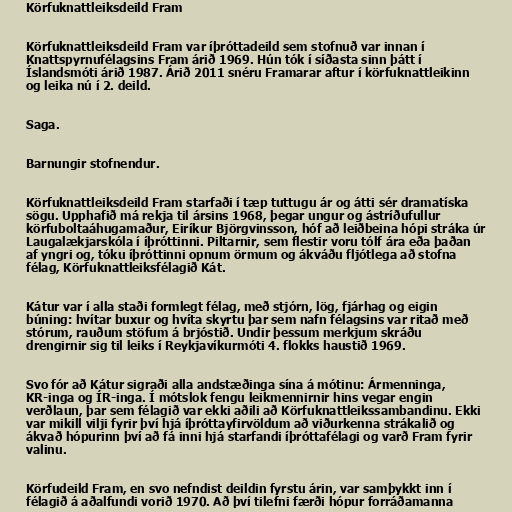
Körfuknattleiksdeild Fram

Körfuknattleiksdeild Fram var íþróttadeild sem stofnuð var innan í
Knattspyrnufélagsins Fram árið 1969. Hún tók í síðasta sinn þátt í
Íslandsmóti árið 1987. Árið 2011 snéru Framarar aftur í körfuknattleikinn
og leika nú í 2. deild.

Saga.

Barnungir stofnendur.

Körfuknattleiksdeild Fram starfaði í tæp tuttugu ár og átti sér dramatíska
sögu. Upphafið má rekja til ársins 1968, þegar ungur og ástríðufullur
körfuboltaáhugamaður, Eiríkur Björgvinsson, hóf að leiðbeina hópi stráka úr
Laugalækjarskóla í íþróttinni. Piltarnir, sem flestir voru tólf ára eða þaðan
af yngri og, tóku íþróttinni opnum örmum og ákváðu fljótlega að stofna
félag, Körfuknattleiksfélagið Kát.

Kátur var í alla staði formlegt félag, með stjórn, lög, fjárhag og eigin
búning: hvítar buxur og hvíta skyrtu þar sem nafn félagsins var ritað með
stórum, rauðum stöfum á brjóstið. Undir þessum merkjum skráðu
drengirnir sig til leiks í Reykjavíkurmóti 4. flokks haustið 1969.

Svo fór að Kátur sigraði alla andstæðinga sína á mótinu: Ármenninga,
KR-inga og ÍR-inga. Í mótslok fengu leikmennirnir hins vegar engin
verðlaun, þar sem félagið var ekki aðili að Körfuknattleikssambandinu. Ekki
var mikill vilji fyrir því hjá íþróttayfirvöldum að viðurkenna strákalið og
ákvað hópurinn því að fá inni hjá starfandi íþróttafélagi og varð Fram fyrir
valinu.

Körfudeild Fram, en svo nefndist deildin fyrstu árin, var samþykkt inn í
félagið á aðalfundi vorið 1970. Að því tilefni færði hópur forráðamanna